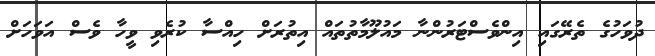
ދުވަހުގެ ތެރޭގައި އިންވެސްޓަރުންނާ މައުލޫމާތުތައް އިތުރަށް ހިއްސާ ކުރެވި ވީހާ ވެސް އަވަހަށް